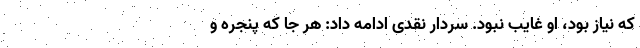
که نیاز بود، او غایب نبود. سردار نقدی ادامه داد: هر جا که پنجره و